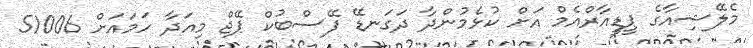
މެލޭޝިއާގެ ޕީޑީއާރްއެމް އަށް ކުޅެމުންދާ ދަގަނޑޭ ފޭސްބުކް ޕޭޖް މިއަދާ ހަމައަށް 51006